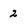
Character: 2